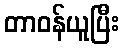
တာဝန်ယူပြီး